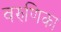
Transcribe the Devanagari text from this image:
वरुणिका